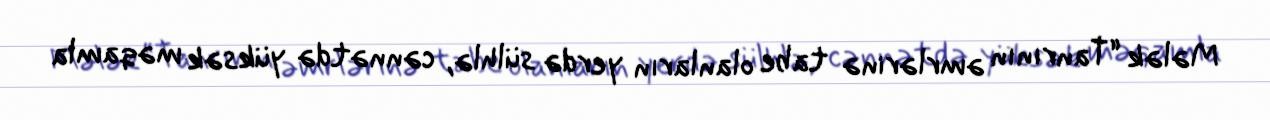
Mələk “Tanrının əmrlərinə tabe olanların yerdə sülhlə, cənnətdə yüksək məqamla